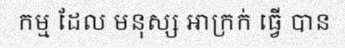
កម្ម ដែល មនុស្ស ឣាក្រក់ ធ្វើ បាន